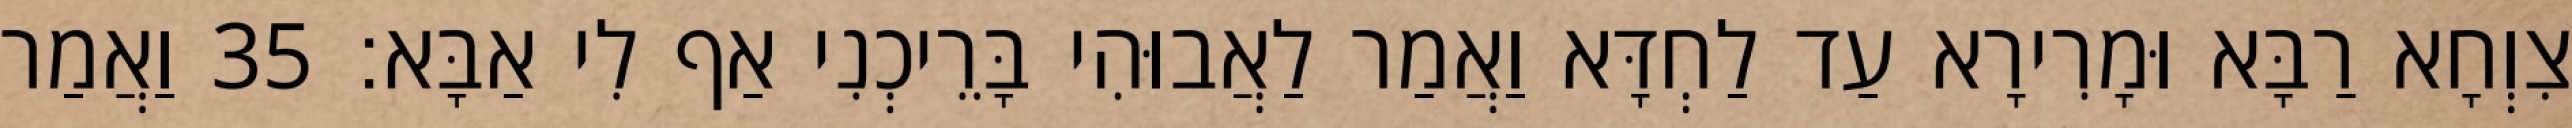
צִוְחָא רַבָּא וּמָרִירָא עַד לַחְדָּא וַאֲמַר לַאֲבוּהִי בָּרֵיכְנִי אַף לִי אַבָּא׃ 35 וַאֲמַר